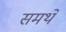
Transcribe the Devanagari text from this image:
समर्थें